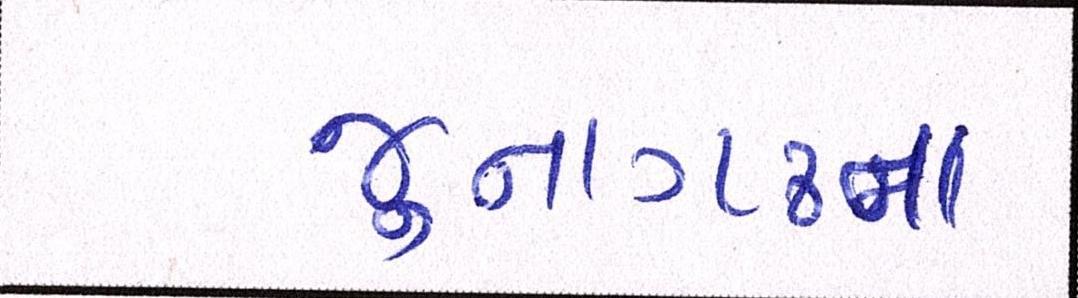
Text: જુનાગઢના